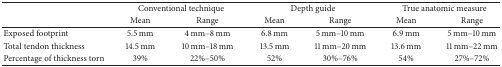
|  | <COLSPAN=2> Conventional technique | <COLSPAN=2> Depth guide | <COLSPAN=2> True anatomic measure |
 |  | Mean | Range | Mean | Range | Mean | Range |
 | --- | --- | --- | --- | --- | --- | --- |
 | Exposed footprint | 5.5 mm | 4 mm–8 mm | 6.8 mm | 5 mm–10 mm | 6.9 mm | 5 mm–10 mm |
 | Total tendon thickness | 14.5 mm | 10 mm–18 mm | 13.5 mm | 11 mm–20 mm | 13.6 mm | 11 mm–22 mm |
 | Percentage of thickness torn | 39% | 22%–50% | 52% | 30%–76% | 54% | 27%–72% |